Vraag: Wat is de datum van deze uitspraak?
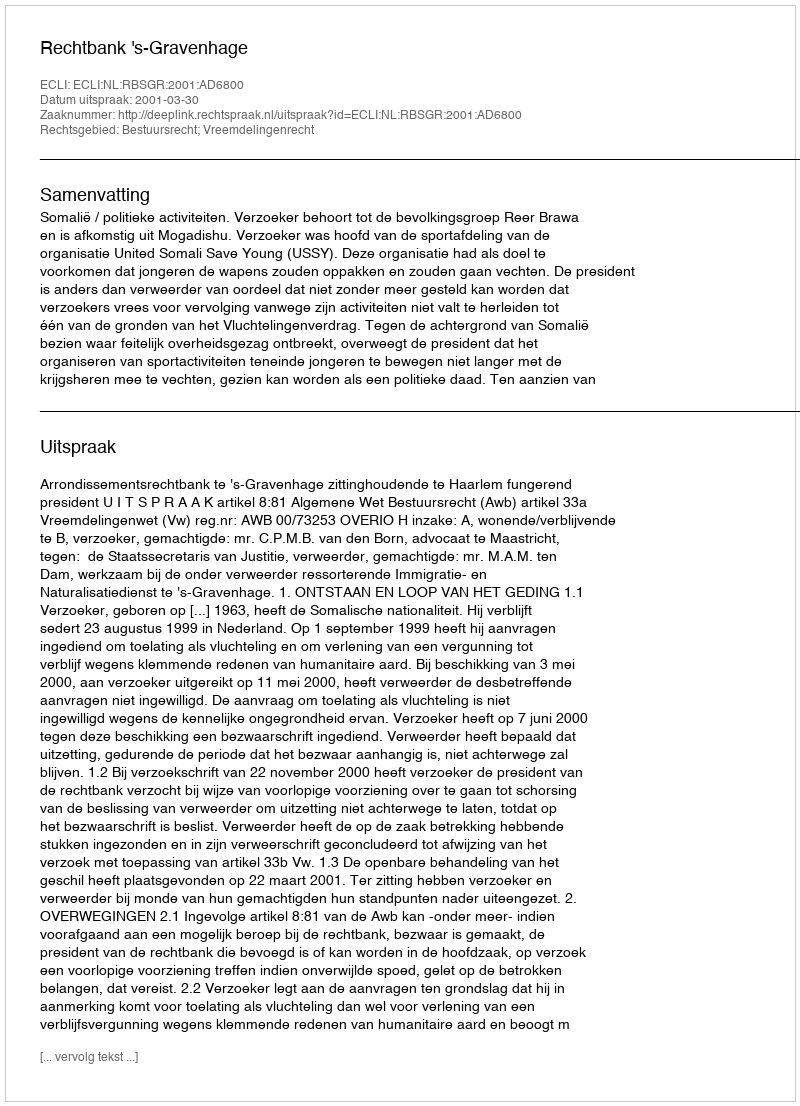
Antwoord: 2001-03-30